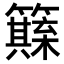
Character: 𥶺